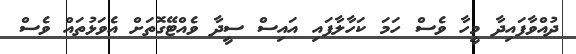
ދުއްވާފައިދާ މީހާ ވެސް ހަމަ ކަހާލާފައި އައިސް ސީދާ ވެއްޓޭގޮތަށް އެވަޅުތައް ވެސް